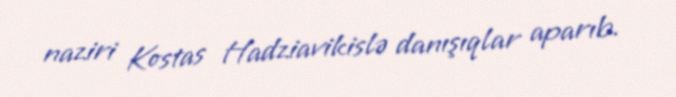
naziri Kostas Hadziavikislə danışıqlar aparıb.